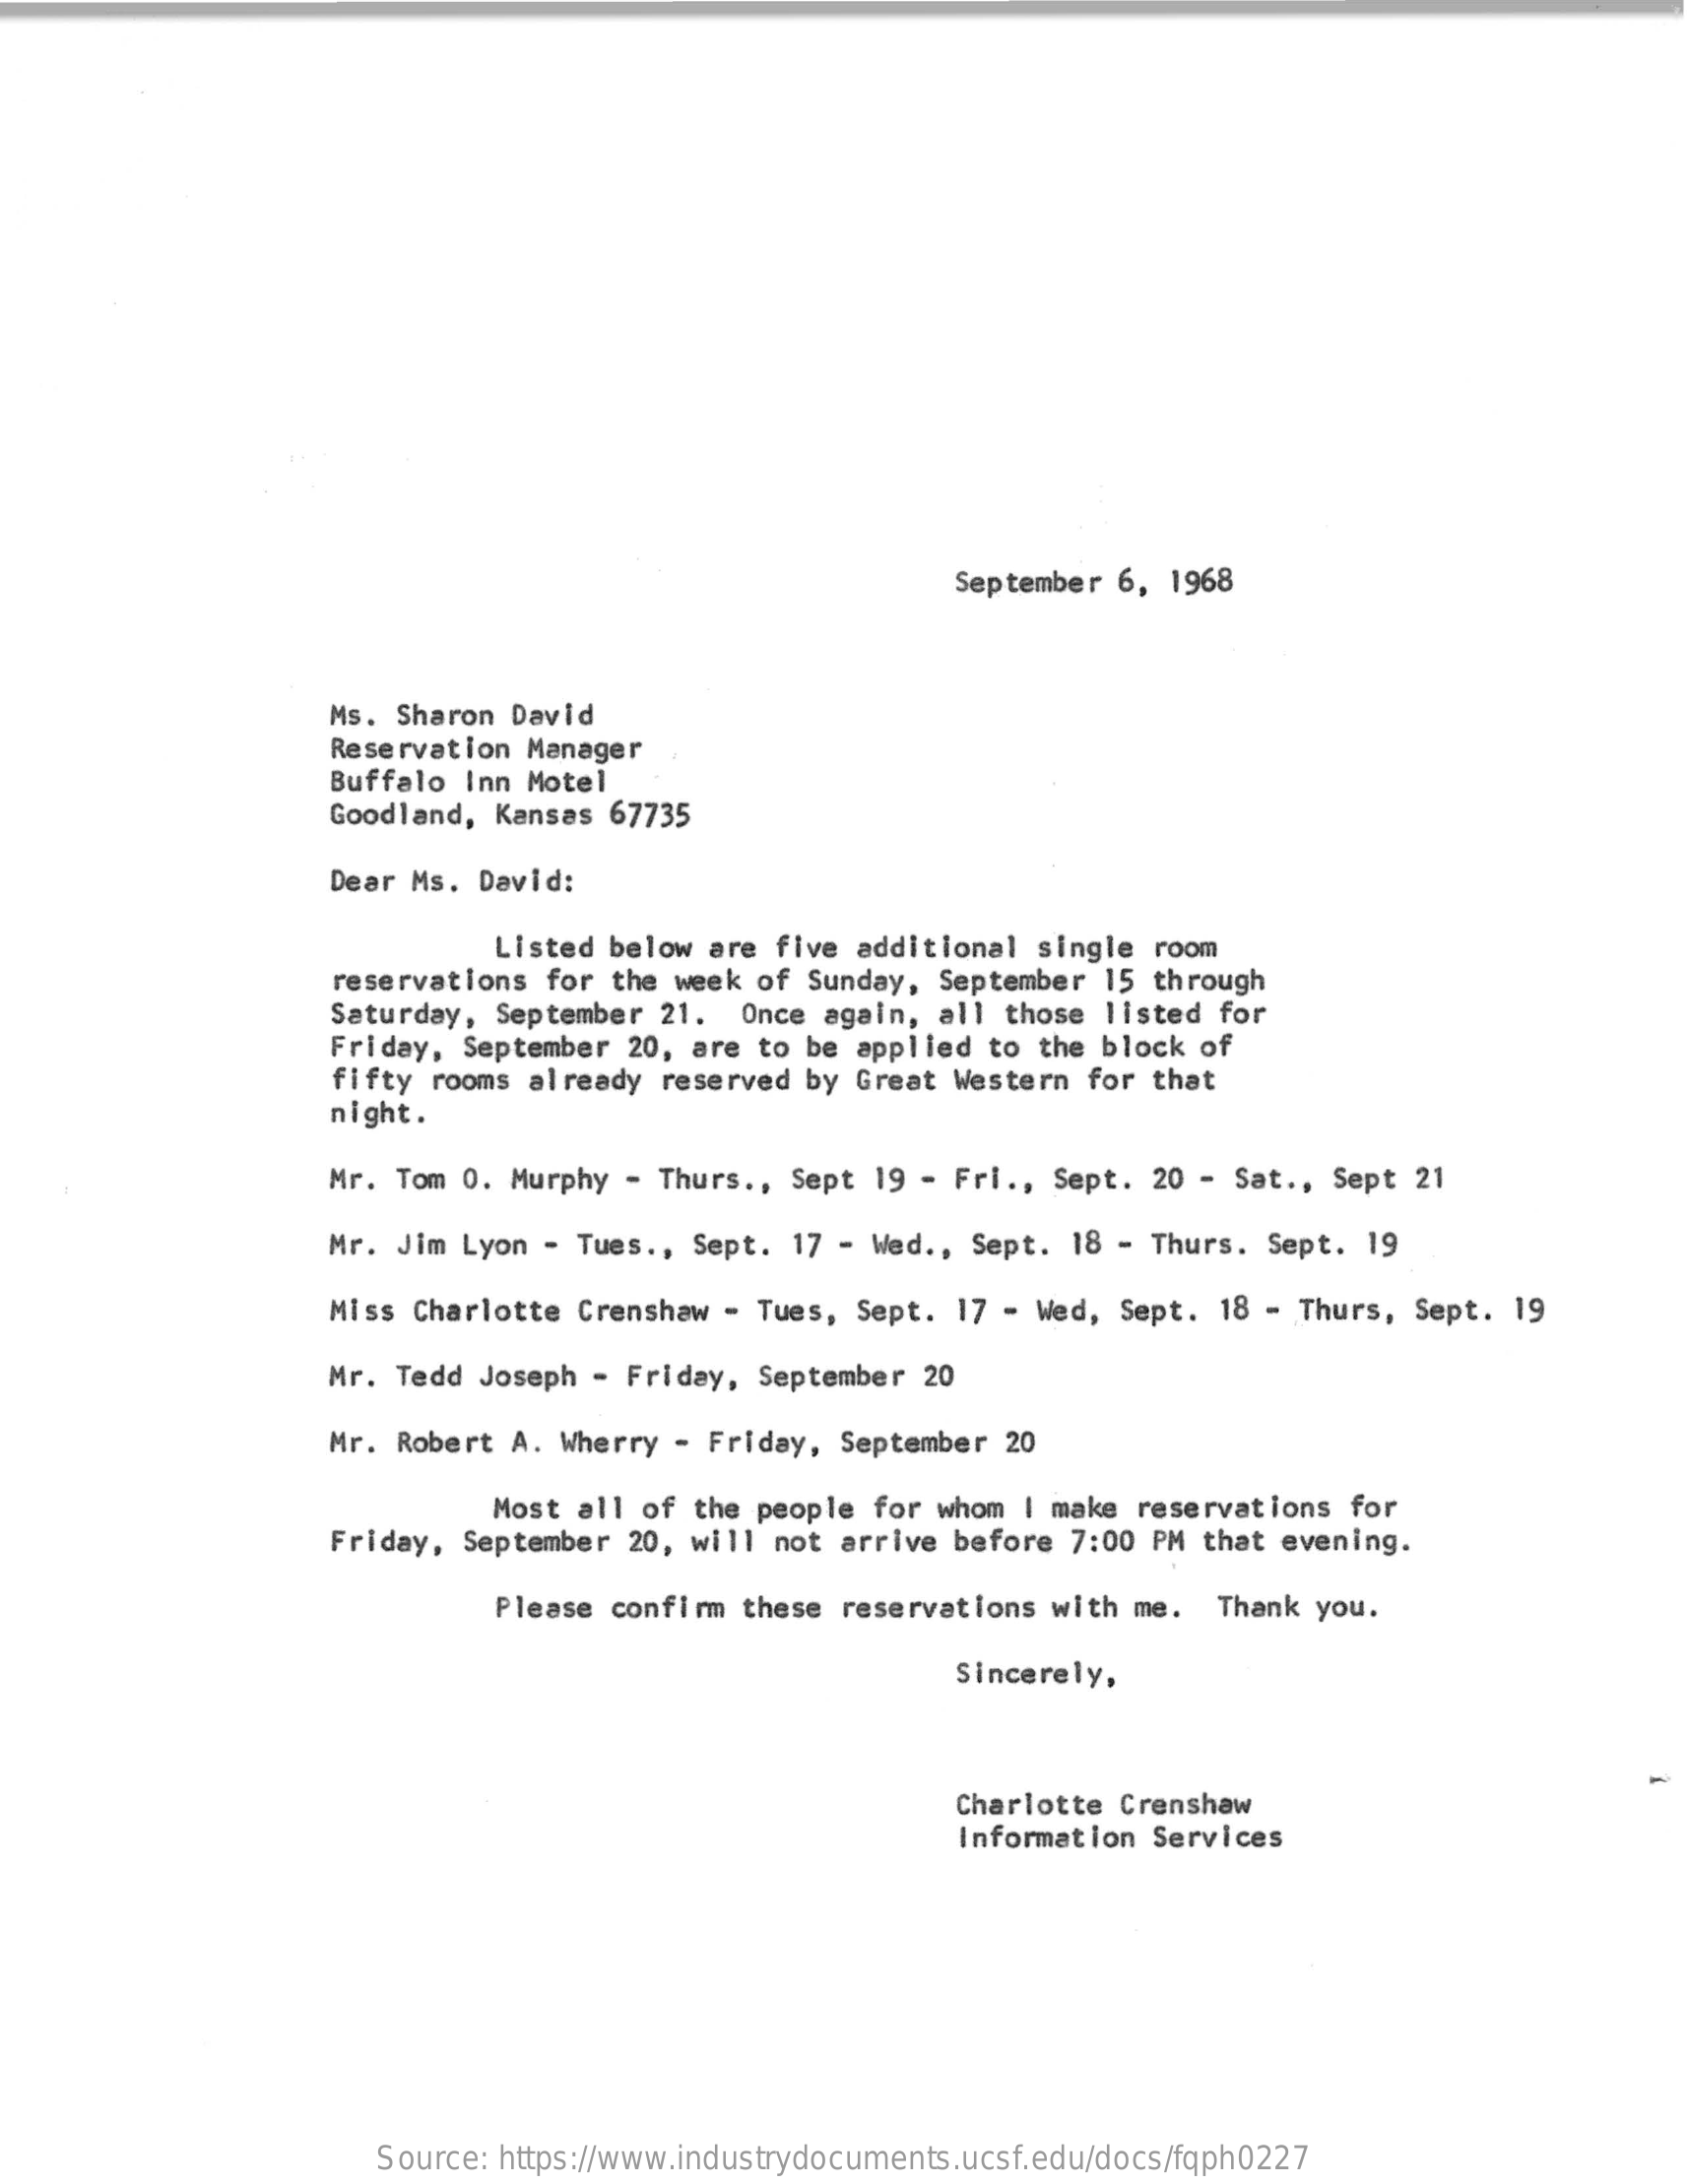
September 6, 1968
     Ms. Sharon David
     Reservation Manager
     Buffalo Inn Motel
     Goodland, Kansas 67735
     Dear Ms. David:
     Listed below are five additional single room
     reservations for the week of Sunday, September 15 through
     Saturday, September 21. Once again, all those listed for
     Friday, September 20, are to be applied to the block of
     night.
     fifty rooms already reserved by Great Western for that
     Mr. Tom 0. Murphy - Thurs ., Sept 19 - Fri ., Sept. 20 - Sat ., Sept 21
     Mr. Jim Lyon - Tues ., Sept. 17 - Wed ., Sept. 18 - Thurs. Sept. 19
     Miss Charlotte Crenshaw - Tues, Sept. 17 - Wed, Sept. 18 - Thurs, Sept. 19
     Mr. Tedd Joseph - Friday, September 20
     Mr. Robert A. Wherry - Friday, September 20
     Most all of the people for whom I make reservations for
     Friday, September 20, will not arrive before 7:00 PM that evening.
     Please confirm these reservations with me. Thank you.
     Sincerely,
     Charlotte Crenshaw
     Information Services
     Source: https://www.industrydocuments.ucsf.edu/docs/fqph0227